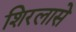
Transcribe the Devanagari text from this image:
शिरलासे